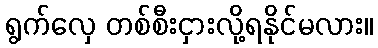
ရွက်လှေ တစ်စီးငှားလို့ရနိုင်မလား။